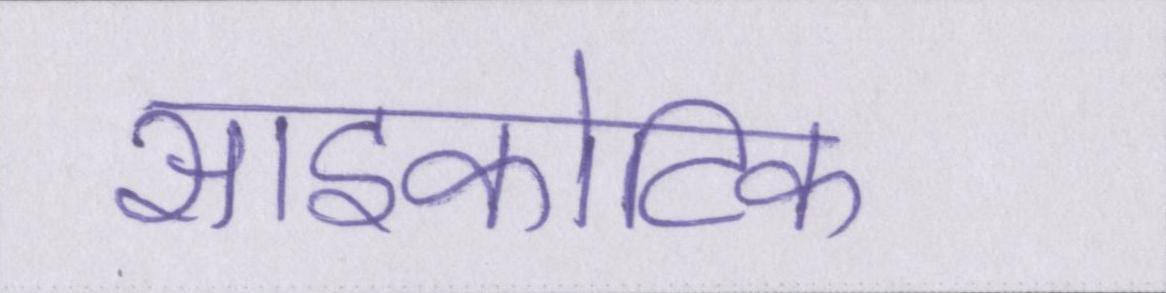
साइकोटिक